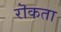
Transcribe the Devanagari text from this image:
रॊकता